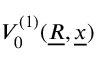
V _ { 0 } ^ { ( 1 ) } ( \underline { { R } } , \underline { { x } } )